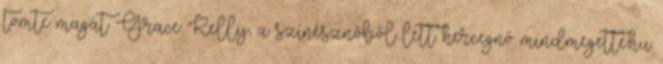
tömte magát Grace Kelly, a színésznőből lett hercegnő mindmegette.hu